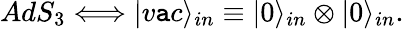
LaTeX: AdS_{3}\Longleftrightarrow|v\mathtt{a}c\rangle_{in}\equiv|0\rangle_{in}\otimes|0\rangle_{in}.